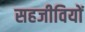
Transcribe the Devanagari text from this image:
सहजीवियों